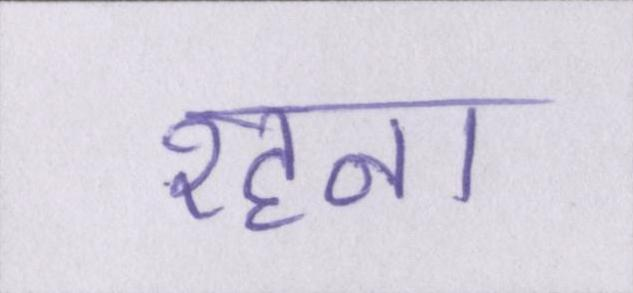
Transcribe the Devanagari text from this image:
रहना